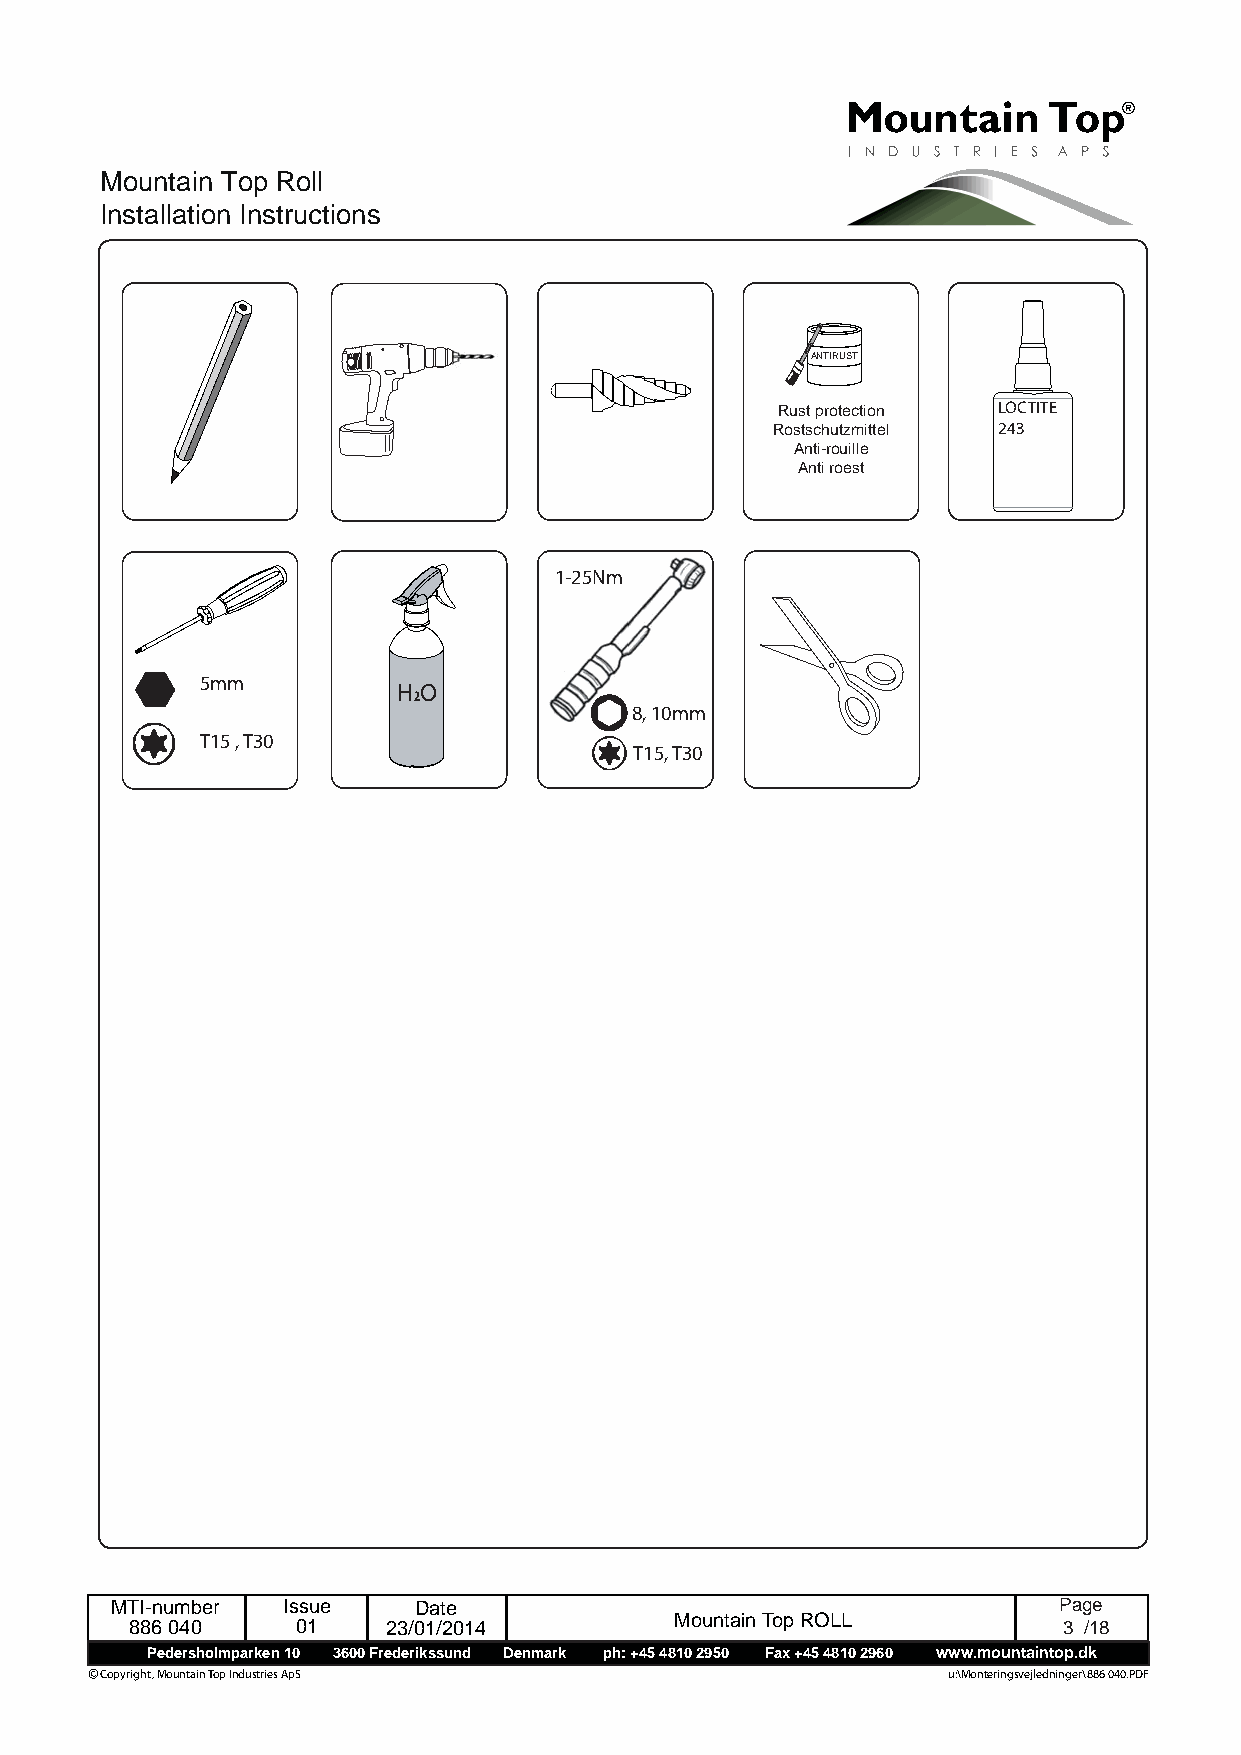
Mountain Top Roll
 Installation Instructions
 ANTIRUST
 LOCTITE
 Rust protection
 Rostschutzmittel 243
 Anti-rouille
 Anti roest
 1-25Nm
 5mm
 HO
 2
 8, 10mm
 T15 , T30
 T15, T30
 MTI-number  Issue   Date                                       Page
 886 040    01    23/01/2014         Mountain Top ROLL        3 /18
 Pedersholmparken 10 3600 Frederikssund Denmark ph: +45 4810 2950 Fax +45 4810 2960 www.mountaintop.dk
 © Copyright, Mountain Top Industries ApS                 u:\Monteringsvejledninger\886 040.PDF